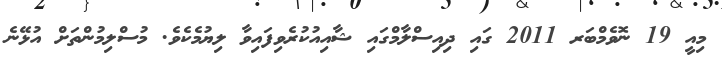
މިއީ 19 ނޮވެމްބަރ 2011 ގައި ދިއިސްލާމްގައި ޝާއިއުކުރެވިފައިވާ ލިޔުމެކެވެ. މުސްލިމުންތަށް އުޅޭނެ